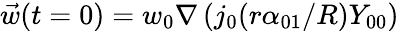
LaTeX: \vec{w}(t=0)=w_{0}\nabla\left(j_{0}(r\alpha_{01}/R)Y_{00}\right)